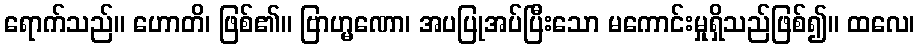
ရောက်သည်။ ဟောတိ၊ ဖြစ်၏။ ဗြာဟ္မဏော၊ အပပြုအပ်ပြီးသော မကောင်းမှုရှိသည်ဖြစ်၍။ ထလေ၊